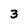
Character: 3